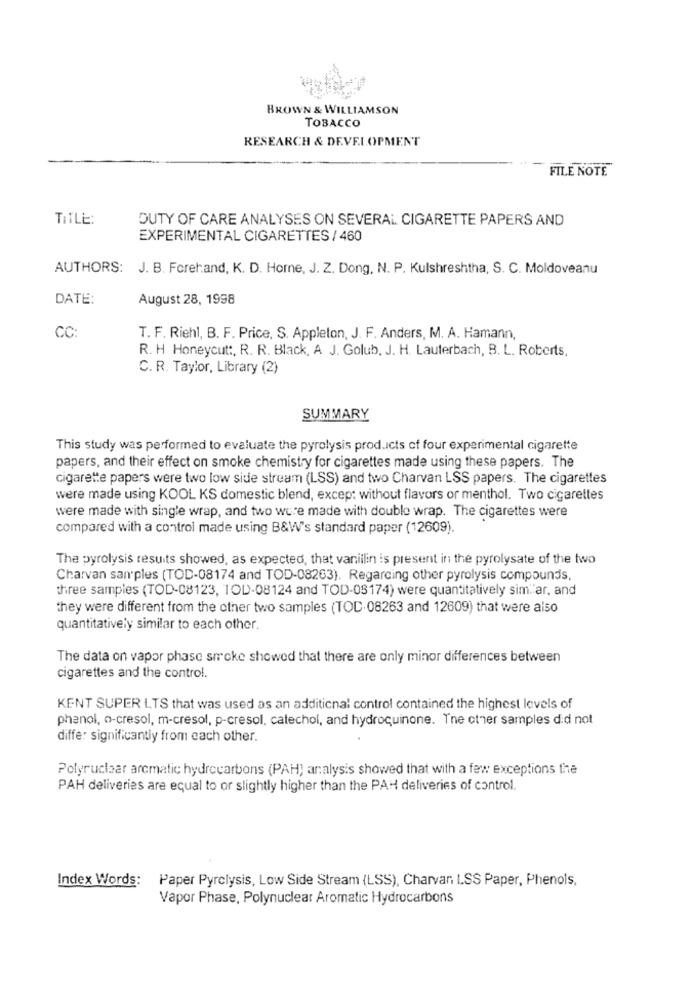
BROWN & WILLIAMSON
TOBACCO
RESEARCH & DEVELOPMENT
FILE NOTE
TITLE:
DUTY OF CARE ANALYSES ON SEVERAL. CIGARETTE PAPERS AND
EXPERIMENTAL CIGARETTES / 460
AUTHORS: J. B. Forehand, K. D. Horne, J. Z. Dong, N. P. Kulshreshtha, S. C. Moldoveanu
DATE:
August 28, 1998
CC:
T. F. Riehl, B. F. Price, S. Appleton, J. F. Anders, M. A. Hamann,
R. H Honeycutt, R. R. Black, A J. Golub, J. H. Lauterbach, B. L. Roberts,
C. R. Taylor, Library (2)
SUMMARY
This study was performed to evaluate the pyrolysis products of four experimental cigarette
papers, and their effect on smoke chemistry for cigarettes made using these papers. The
cigarette papers were two low side stream (LSS) and two Charvan LSS papers. The cigarettes
were made using KOOL KS domestic blend, excep: without flavors or menthol. Two cigarettes
were made with single wrap, and two were made with double wrap. The cigarettes were
compared with a control made using B&W's standard paper (12609).
The pyrolysis results showed, as expected, that vanillin is present in the pyrolysate of the two
Charvan samples (TOD-08174 and TOD-08263). Regarding other pyrolysis compounds.
three samples (TOD-08123, 1OD-08124 and TOD-03174) were quantitatively sim.ar, and
they were different from the other two samples (TOC.08263 and 12609) that were also
quantitatively similar to each other.
The data on vapor phase smoke showed that there are only minor differences between
cigarettes and the control.
KENT SUPER LTS that was used as an additional control contained the highest levels of
phenol, a-cresol, m-cresol, p-cresol, catechol, and hydroquinone. The other samples did not
differ significantly from each other.
Polyruclear aromatic hydrocarbons (PAH) analysis showed that with a few exceptions the
PAH deliveries are equal to or slightly higher than the PAH deliveries of control.
Index Words: Paper Pyrclysis, Low Side Stream (LSS), Charvan LSS Paper, Phenols,
Vapor Phase, Polynuclear Aromatic Hydrocarbons